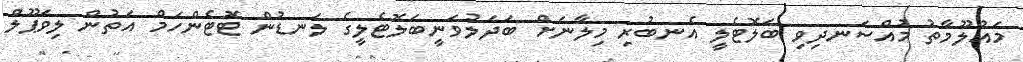
މައުލޫމާތު މުއްސަނދިވި ބަލޮޓެލީ އެނބުރި މިލާނަށް ބަދަލުވަނީބަލޮޓެލީގެ ލަނޑުން ޓޮޓެންހަމް އަތުން ލިވަޕޫލް